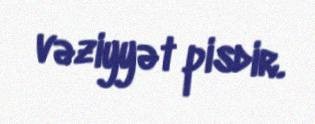
vəziyyət pisdir.